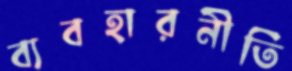
ব্যবহারনীতি